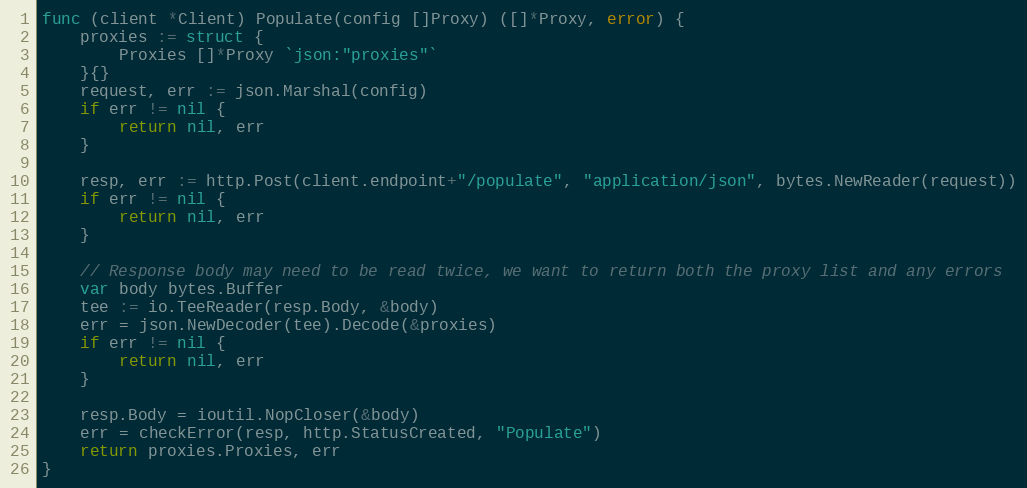
Language: Go
func (client *Client) Populate(config []Proxy) ([]*Proxy, error) {
	proxies := struct {
		Proxies []*Proxy `json:"proxies"`
	}{}
	request, err := json.Marshal(config)
	if err != nil {
		return nil, err
	}

	resp, err := http.Post(client.endpoint+"/populate", "application/json", bytes.NewReader(request))
	if err != nil {
		return nil, err
	}

	// Response body may need to be read twice, we want to return both the proxy list and any errors
	var body bytes.Buffer
	tee := io.TeeReader(resp.Body, &body)
	err = json.NewDecoder(tee).Decode(&proxies)
	if err != nil {
		return nil, err
	}

	resp.Body = ioutil.NopCloser(&body)
	err = checkError(resp, http.StatusCreated, "Populate")
	return proxies.Proxies, err
}